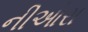
નીઓરા